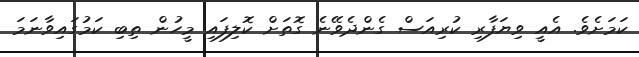
ކަމަށެވެ. އެއީ ވިޔަފާރި ކުރިއަސް ގެންދެވޭނެ ގޮތަށް ކޮލިފައި މީހުން ތިބި ކަމުގައިވާނަމަ